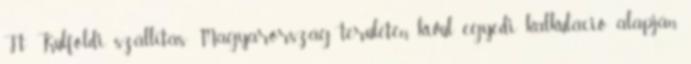
Ft Külföldi szállítás: Magyarország területén kívül egyedi kalkuláció alapján